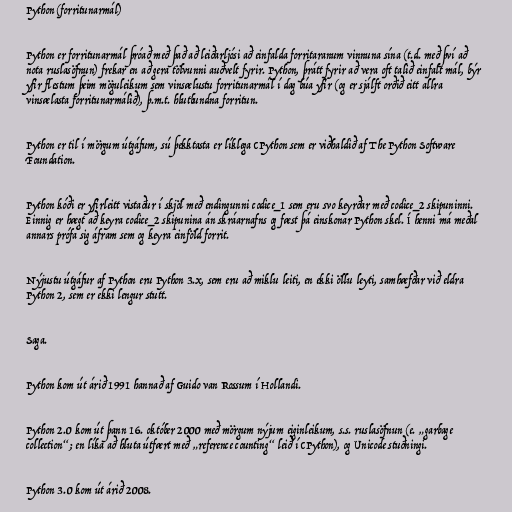
Python (forritunarmál)

Python er forritunarmál þróað með það að leiðarljósi að einfalda forritaranum vinnuna sína (t.d. með því að
nota ruslasöfnun) frekar en að gera tölvunni auðvelt fyrir. Python, þrátt fyrir að vera oft talið einfalt mál, býr
yfir flestum þeim möguleikum sem vinsælustu forritunarmál í dag búa yfir (og er sjálft orðið eitt allra
vinsælasta forritunarmálið), þ.m.t. hlutbundna forritun.

Python er til í mörgum útgáfum, sú þekktasta er líklega CPython sem er viðhaldið af The Python Software
Foundation.

Python kóði er yfirleitt vistaður í skjöl með endingunni codice_1 sem eru svo keyrðar með codice_2 skipuninni.
Einnig er hægt að keyra codice_2 skipunina án skráarnafns og fæst þá einskonar Python skel. Í henni má meðal
annars prófa sig áfram sem og keyra einföld forrit.

Nýjustu útgáfur af Python eru Python 3.x, sem eru að miklu leiti, en ekki öllu leyti, samhæfðar við eldra
Python 2, sem er ekki lengur stutt.

Saga.

Python kom út árið 1991 hannað af Guido van Rossum í Hollandi.

Python 2.0 kom út þann 16. október 2000 með mörgum nýjum eiginleikum, s.s. ruslasöfnun (e. „garbage
collection“; en líka að hluta útfært með „reference counting“ leið í CPython), og Unicode stuðningi.

Python 3.0 kom út árið 2008.